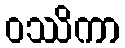
ဝဿိကာ